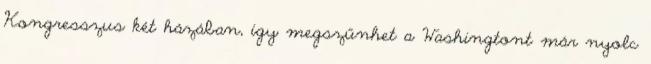
Kongresszus két házában, így megszűnhet a Washingtont már nyolc